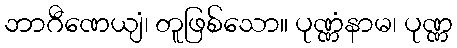
ဘာဂီဏေယျံ၊ တူဖြစ်သော။ ပုဏ္ဏံနာမ၊ ပုဏ္ဏ